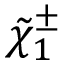
{ \tilde { \chi } } _ { 1 } ^ { \pm }